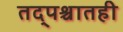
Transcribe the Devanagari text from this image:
तद्पश्चातही